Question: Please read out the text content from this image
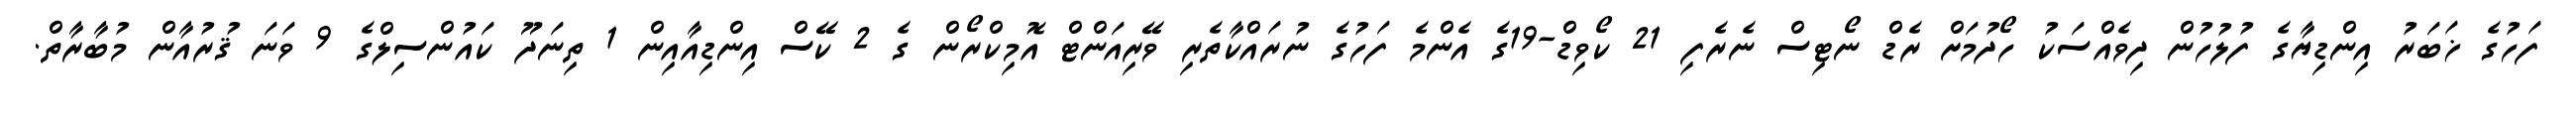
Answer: ފަހުގެ ޚަބަރު އިންޑިޔާގެ ފުލުހުން ދިވެއްސަކު ހޯދުމަށް ރެޑް ނޯޓިސް ނެރެފި 21 ކޯވިޑް-19ގެ އެންމެ ފަހުގެ ނުރައްކާތެރި ވޭރިއަންޓް އޮމިކްރޯން ގެ 2 ކޭސް އިންޑިއާއިން 1 ތިނަދޫ ކައުންސިލްގެ 9 ވަނަ ޤުރުއާން މުބާރާތް.